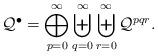
LaTeX: \begin{align*} \mathcal{Q}^\bullet=\bigoplus_{p=0}^\infty\biguplus_{q=0}^\infty \biguplus_{r=0}^\infty\mathcal{Q}^{pqr}.\end{align*}